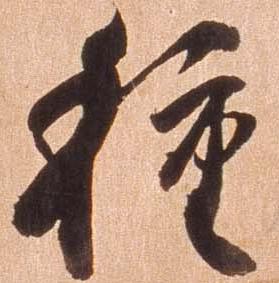
植